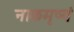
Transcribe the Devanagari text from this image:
नाकमृष्वं